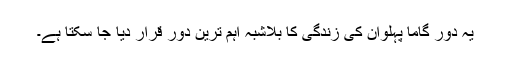
یہ دور گاما پہلوان کی زندگی کا بلاشبہ اہم ترین دور قرار دیا جا سکتا ہے۔